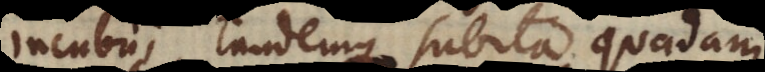
incubui, tandemque subita quadam